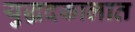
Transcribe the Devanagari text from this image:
युद्धदकालात